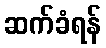
ဆက်ခံရန်